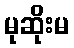
မုဆိုးမ